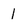
Character: 1